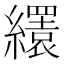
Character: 𦇏